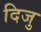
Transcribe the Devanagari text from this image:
दिजु